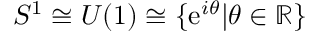
S ^ { 1 } \cong U ( 1 ) \cong \{ \mathrm { e } ^ { i \theta } | \theta \in \mathbb { R } \}